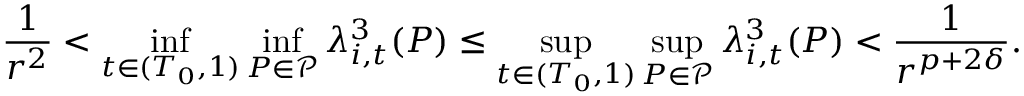
\frac { 1 } { r ^ { 2 } } < \operatorname* { i n f } _ { t \in ( T _ { 0 } , 1 ) } \operatorname* { i n f } _ { P \in \mathcal { P } } \lambda _ { i , t } ^ { 3 } ( P ) \leq \operatorname* { s u p } _ { t \in ( T _ { 0 } , 1 ) } \operatorname* { s u p } _ { P \in \mathcal { P } } \lambda _ { i , t } ^ { 3 } ( P ) < \frac { 1 } { r ^ { p + 2 \delta } } .